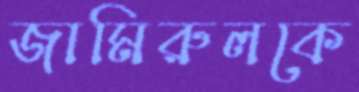
জামিরুলকে